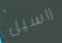
راسيل